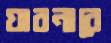
যাবনারে